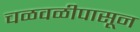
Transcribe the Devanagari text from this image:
चळवळीपासून